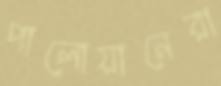
পালোয়ানেরা